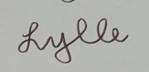
Signature authenticity: genuine